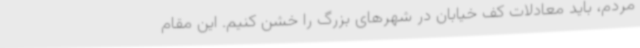
مردم، باید معادلات کف خیابان در شهرهای بزرگ را خشن کنیم. این مقام